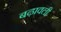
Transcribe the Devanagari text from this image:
बढ़ावली